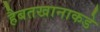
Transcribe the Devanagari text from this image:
हैबतखानाकडे